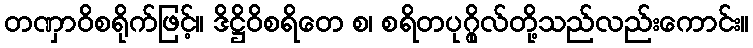
တဏှာဝိစရိုက်ဖြင့်။ ဒိဋ္ဌိဝိစရိတေ စ၊ စရိတပုဂ္ဂိုလ်တို့သည်လည်းကောင်း။